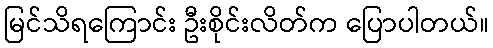
မြင်သိရကြောင်း ဦးစိုင်းလိတ်က ပြောပါတယ်။